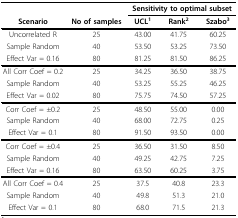
<table><thead><tr><td></td><td></td><td colspan="3"><b>Sensitivity to optimal subset</b></td></tr><tr><td><b>Scenario</b></td><td><b>No of samples</b></td><td><b>UCL<sup>1</sup></b></td><td><b>Rank<sup>2</sup></b></td><td><b>Szabo<sup>3</sup></b></td></tr></thead><tbody><tr><td>Uncorrelated R</td><td>25</td><td>43.00</td><td>41.75</td><td>60.25</td></tr><tr><td>Sample Random</td><td>40</td><td>53.50</td><td>53.25</td><td>73.50</td></tr><tr><td>Effect Var = 0.16</td><td>80</td><td>81.25</td><td>81.50</td><td>86.25</td></tr><tr><td>All Corr Coef = 0.2</td><td>25</td><td>34.25</td><td>36.50</td><td>38.75</td></tr><tr><td>Sample Random</td><td>40</td><td>53.25</td><td>55.25</td><td>46.25</td></tr><tr><td>Effect Var = 0.02</td><td>80</td><td>75.75</td><td>74.50</td><td>57.25</td></tr><tr><td>Corr Coef = ±0.2</td><td>25</td><td>48.50</td><td>55.00</td><td>0.00</td></tr><tr><td>Sample Random</td><td>40</td><td>68.00</td><td>72.75</td><td>0.25</td></tr><tr><td>Effect Var = 0.1</td><td>80</td><td>91.50</td><td>93.50</td><td>0.00</td></tr><tr><td>Corr Coef = ±0.4</td><td>25</td><td>36.50</td><td>31.50</td><td>8.50</td></tr><tr><td>Sample Random</td><td>40</td><td>49.25</td><td>42.75</td><td>7.25</td></tr><tr><td>Effect Var = 0.16</td><td>80</td><td>63.50</td><td>60.25</td><td>3.75</td></tr><tr><td>All Corr Coef = 0.4</td><td>25</td><td>37.5</td><td>40.8</td><td>23.3</td></tr><tr><td>Sample Random</td><td>40</td><td>49.8</td><td>51.3</td><td>21.0</td></tr><tr><td>Effect Var = 0.1</td><td>80</td><td>68.0</td><td>71.5</td><td>21.3</td></tr></tbody></table>